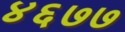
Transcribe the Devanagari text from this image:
४६७७